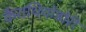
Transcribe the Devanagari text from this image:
कैराथियोडोरी